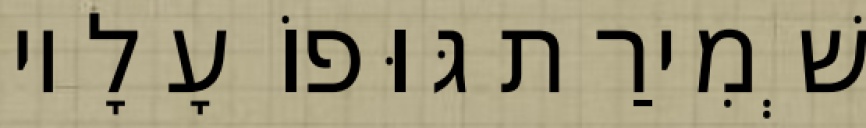
שְׁמִירַת גּוּפוֹ עָלָיו